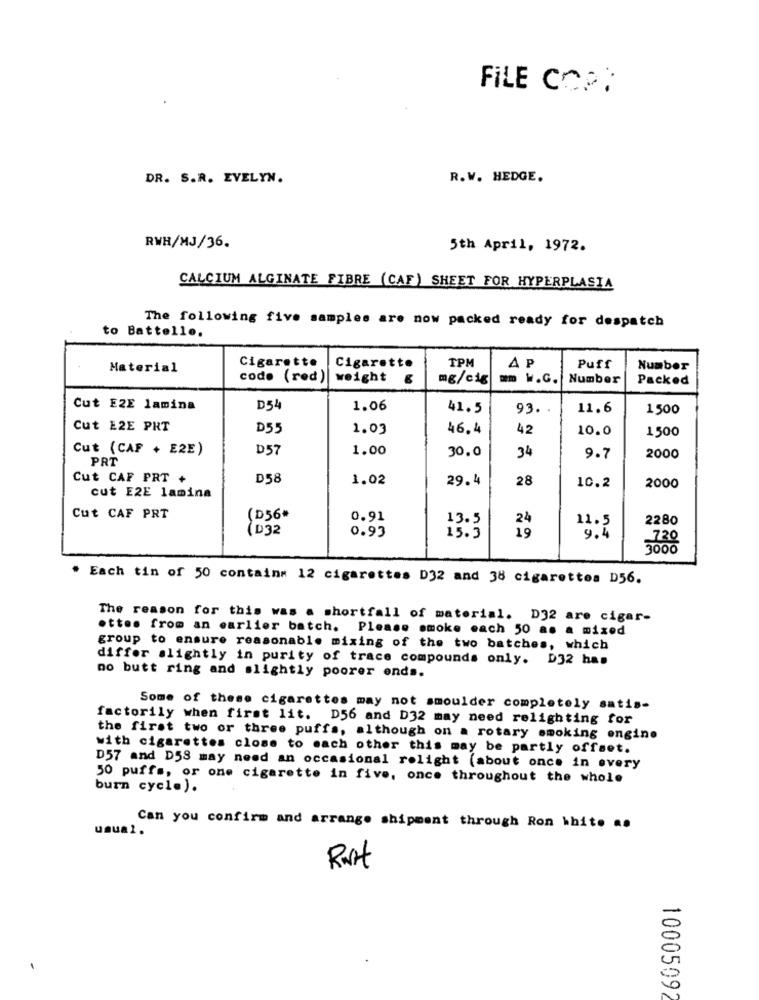
FILE COPY
DR. S.R. EVELYN.
R.W. HEDGE.
RWR/MJ/36.
5th April, 1972.
CALCIUM ALGINATE FIBRE (CAF) SHEET FOR HYPERPLASIA
The following five samples are now packed ready for despatch
to Battelle.
Material
Cigarette
Cigarette
TPM
AP
Puff
Number
codo (red) weight
mg/cig
mm w.G.
Number
Packed
Cut E2E lamina
D54
1.06
41.5
93.
11.6
1500
Cut E2E PRT
D55
1.03
46.4
42
10.0
1500
Cut (CAF + E2E)
D57
1.00
30.0
PRT
34
9.7
2000
Cut CAF PRT +
D58
1.02
29. 4
28
10.2
2000
cut E2E lamina
Cut CAF PRT
(D56*
0.91
13.5
24
11.5
2280
(D32
0.93
15.3
19
9.4
720
3000
* Each tin of 50 contains 12 cigarettes D32 and 38 cigarettes D56.
The reason for this was a shortfall of material. D32 are cigar-
otto. from an earlier batch. Please smoke each 50 as a mixed
group to ensure reasonable mixing of the two batches, which
differ slightly in purity of trace compounds only. D32 han
no butt ring and slightly poorer ends.
Some of these cigarettes may not smoulder completely satis-
factorily when first lit. D56 and D32 may need relighting for
the first two or three puffs, although on a rotary smoking engine
with cigarettes close to each other this may be partly offset.
D57 and D58 may need an occasional rolight (about once in every
50 puffs, or one cigarette in five, once throughout the whole
burn cycle).
usual.
Can you confirm and arrange shipment through Ron White ..
10005092